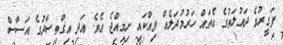
ފަގީރުވެ ދައުލަތުގެ އެތައް ހަރުމުދަލެއް ވިއްކައި ނިމިއްޖެ އެވެ. އަދި އިގްތިސާދުގެ އަސާސް